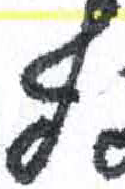
אות: ף